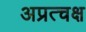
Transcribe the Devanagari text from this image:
अप्रत्चक्ष